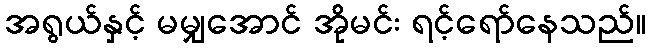
အရွယ်နှင့် မမျှအောင် အိုမင်း ရင့်ရော်နေသည်။